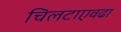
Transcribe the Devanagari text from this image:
चिलटाएवढा